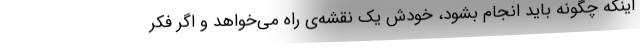
اینکه چگونه باید انجام بشود، خودش یک نقشه‌ی راه می‌خواهد و اگر فکر